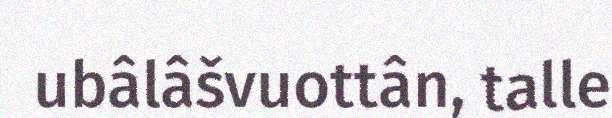
ubâlâšvuottân, talle